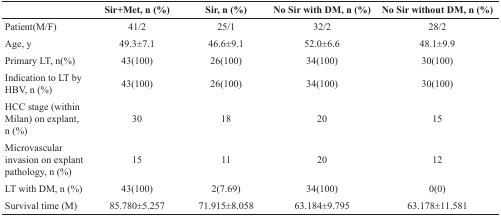
<table><thead><tr><td></td><td><b>Sir+Met, n (%)</b></td><td><b>Sir, n (%)</b></td><td><b>No Sir with DM, n (%)</b></td><td><b>No Sir without DM, n (%)</b></td></tr></thead><tbody><tr><td>Patient(M/F)</td><td>41/2</td><td>25/1</td><td>32/2</td><td>28/2</td></tr><tr><td>Age, y</td><td>49.3±7.1</td><td>46.6±9.1</td><td>52.0±6.6</td><td>48.1±9.9</td></tr><tr><td>Primary LT, n(%)</td><td>43(100)</td><td>26(100)</td><td>34(100)</td><td>30(100)</td></tr><tr><td>Indication to LT by HBV, n (%)</td><td>43(100)</td><td>26(100)</td><td>34(100)</td><td>30(100)</td></tr><tr><td>HCC stage (within Milan) on explant, n (%)</td><td>30</td><td>18</td><td>20</td><td>15</td></tr><tr><td>Microvascular invasion on explant pathology, n (%)</td><td>15</td><td>11</td><td>20</td><td>12</td></tr><tr><td>LT with DM, n (%)</td><td>43(100)</td><td>2(7.69)</td><td>34(100)</td><td>0(0)</td></tr><tr><td>Survival time (M)</td><td>85.780±5.257</td><td>71.915±8.058</td><td>63.184±9.795</td><td>63.178±11.581</td></tr></tbody></table>